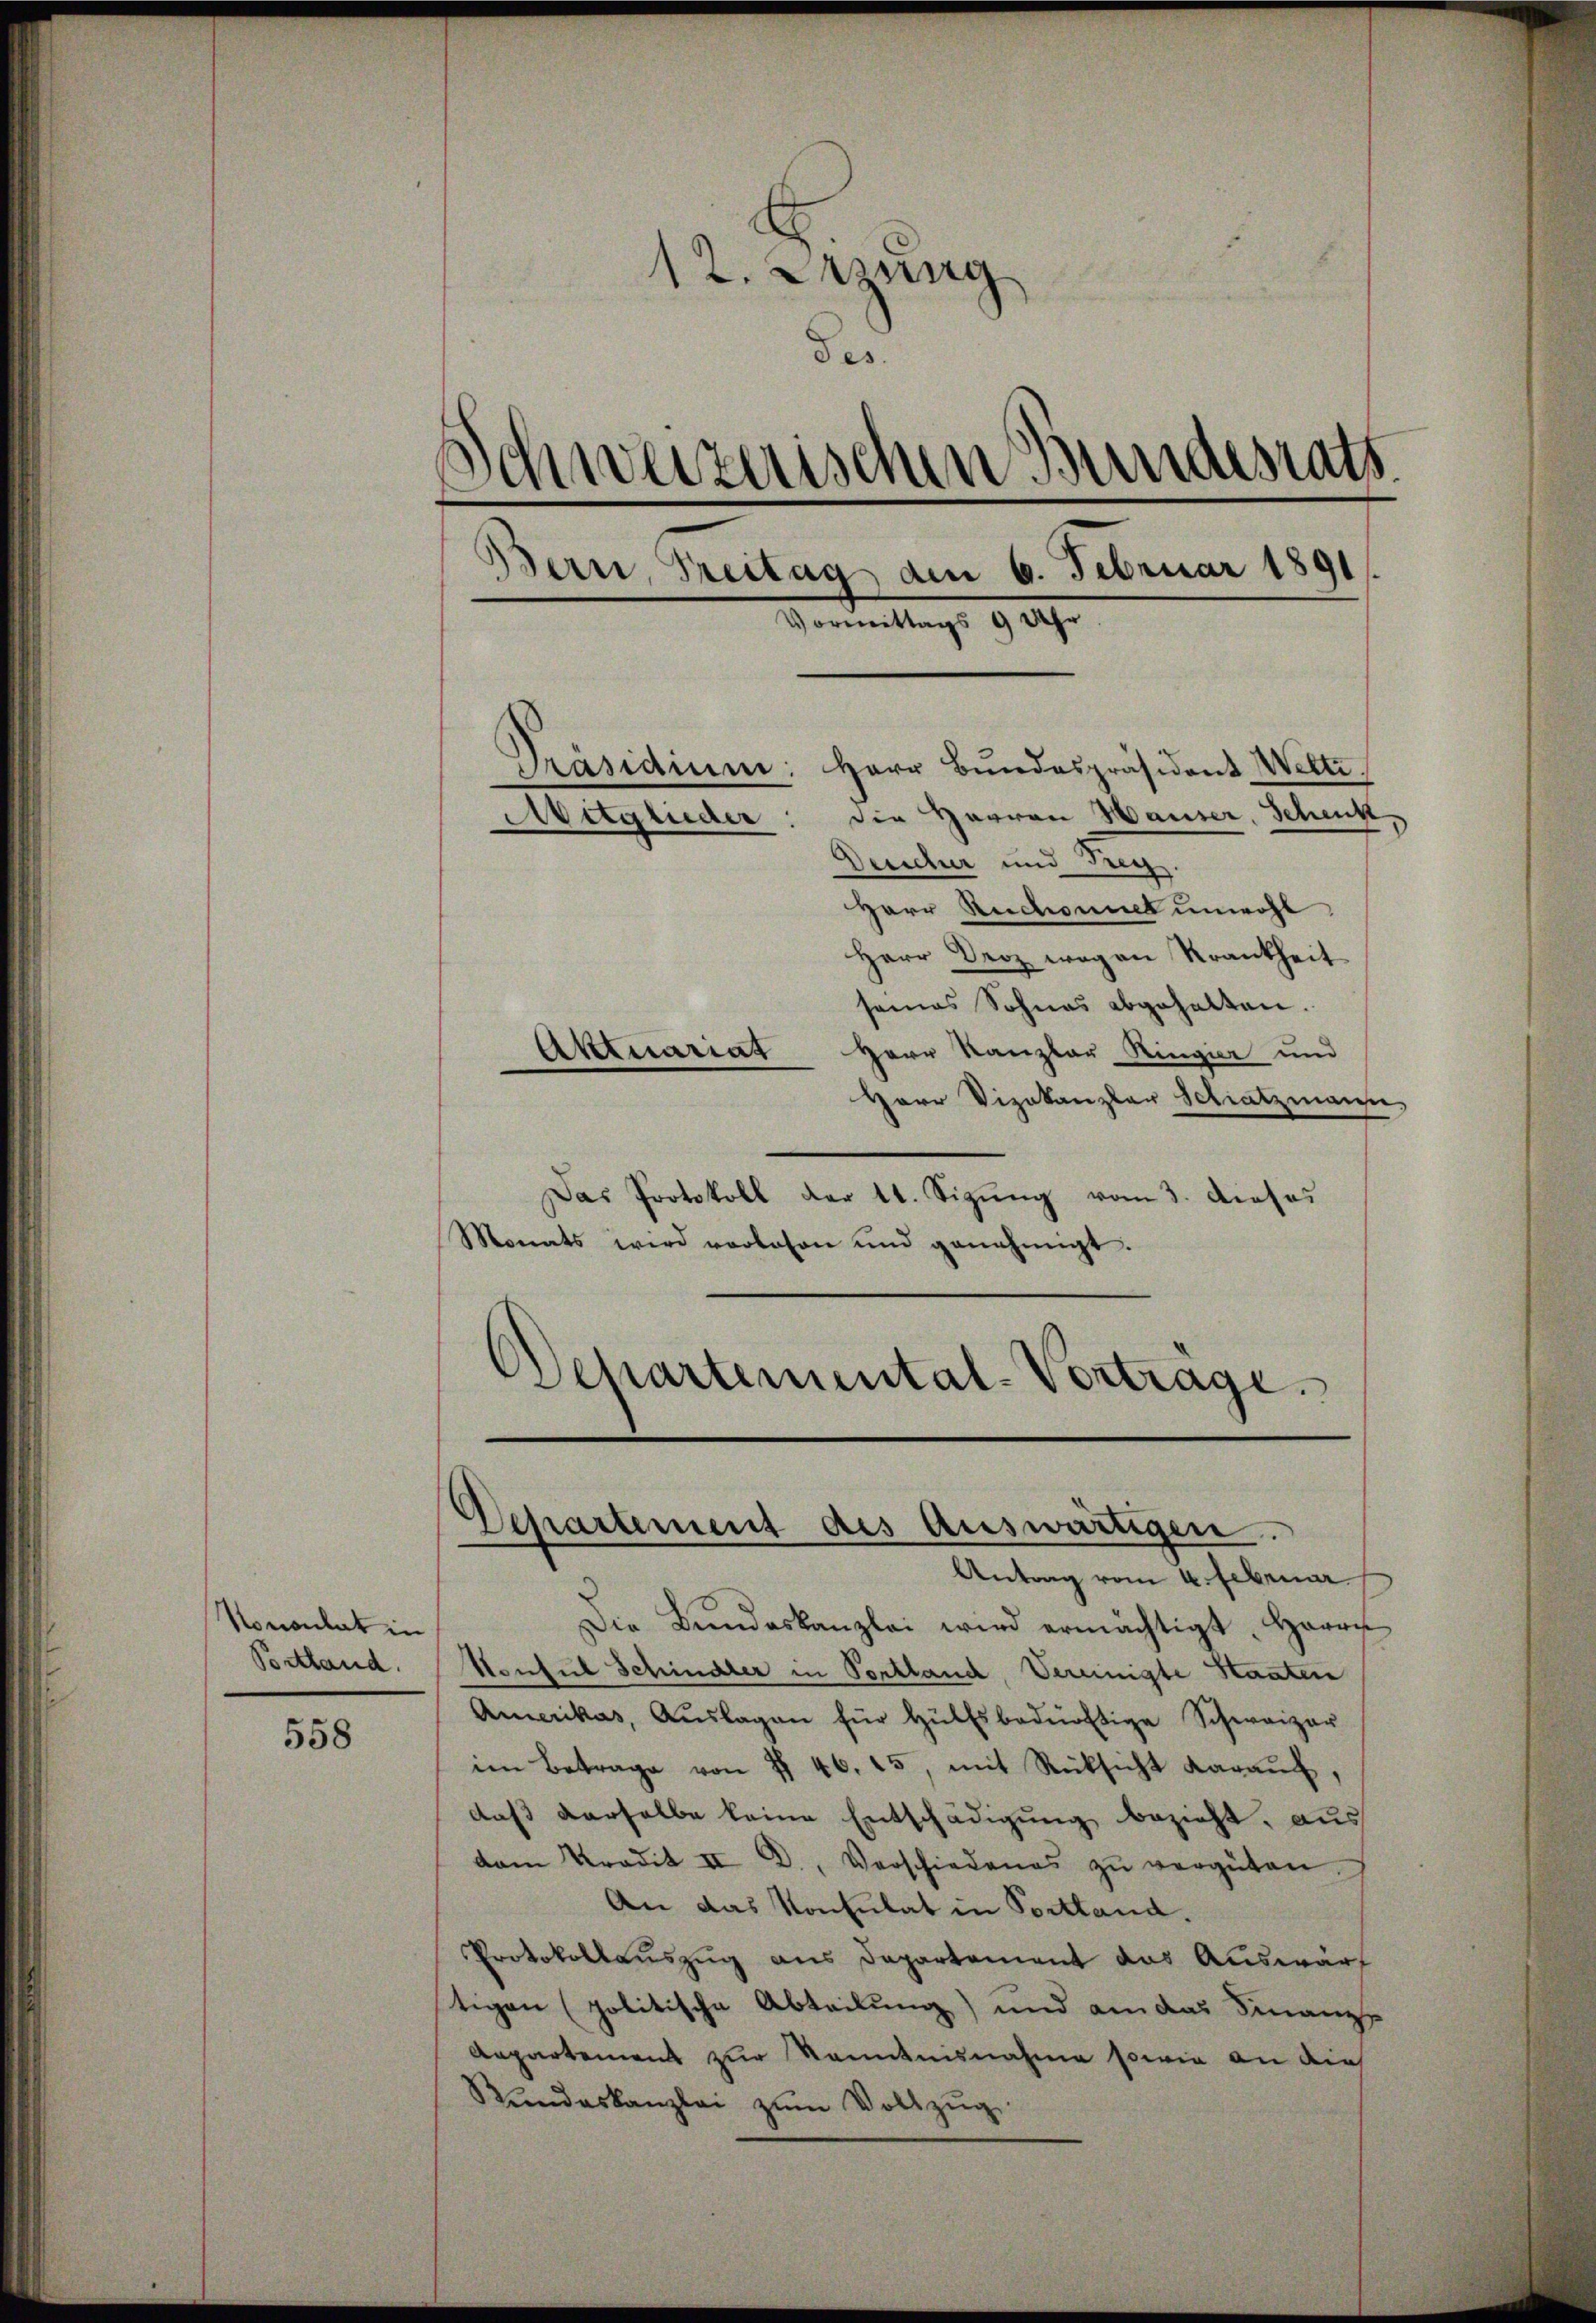
Nonoulat in
Postland.

558

12. Jung
des.
Schweizerischen Bundesrats.
Bern, Treitag den 6. Februar 1891.
Vormittags 9 Uhr
Präsidium Herr Bŭndespräsident Welte.
die Herren Hauser, Schenk
Aitglieder
Deucher und Seg

Herr Ruchoumet unwohl
Herr Droz wegen Krankheit
seines Sohnes abgehalten.
Herr Kanzler Ringier und
Herr Vizekanzlar Schatzmann,
Das Protokoll der 11. Sizung vom 3. dieses
Monats wird vorlesen und genehmigt.
Ochartemental-Vertrage.

Aktuariat

Departement des Auswärtigen.

Antrag vom 4. Februar.
Die Bŭndeskanzlei wird ermächtigt, Herrn
Konsul Schindler in Portland, Vereinigte Staaten
Amerikas, Aŭslagen für Hülfsbedürftige Schweizer
im Betrage von I 46. 25, mit Rücksicht daraŭf,
daß derselbe keine Entschädigung bezieht, aus
dam Kredit II D., Verschiedenes zŭ vergüten
An das Konsulat in Portland.
Protokollauszug aus Departement das Auswärt
tigen (politische Abteilung) und am das Finanz-
Aepartement zur Kenntnisnahme sowie an die
Rŭndeskanzlei zŭm Vollzŭg.